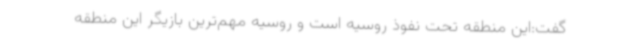
گفت:این منطقه تحت نفوذ روسیه است و روسیه مهم‌ترین بازیگر این منطقه